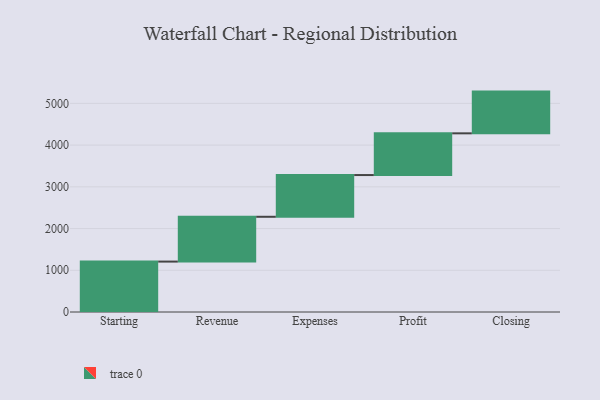
{"axis": {"x": "Step", "y": "Value"}, "legend": [""], "data": [{"x": "Starting", "y": 1208.0, "type": ""}, {"x": "Revenue", "y": 1074.0, "type": ""}, {"x": "Expenses", "y": 1000, "type": ""}, {"x": "Profit", "y": 1000, "type": ""}, {"x": "Closing", "y": 1000, "type": ""}]}